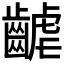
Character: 𪘽